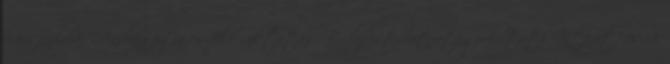
Sári Szilvia: Andragógia és felsőoktatás. Budapest, Stratégiakutató Intézet, 2013.